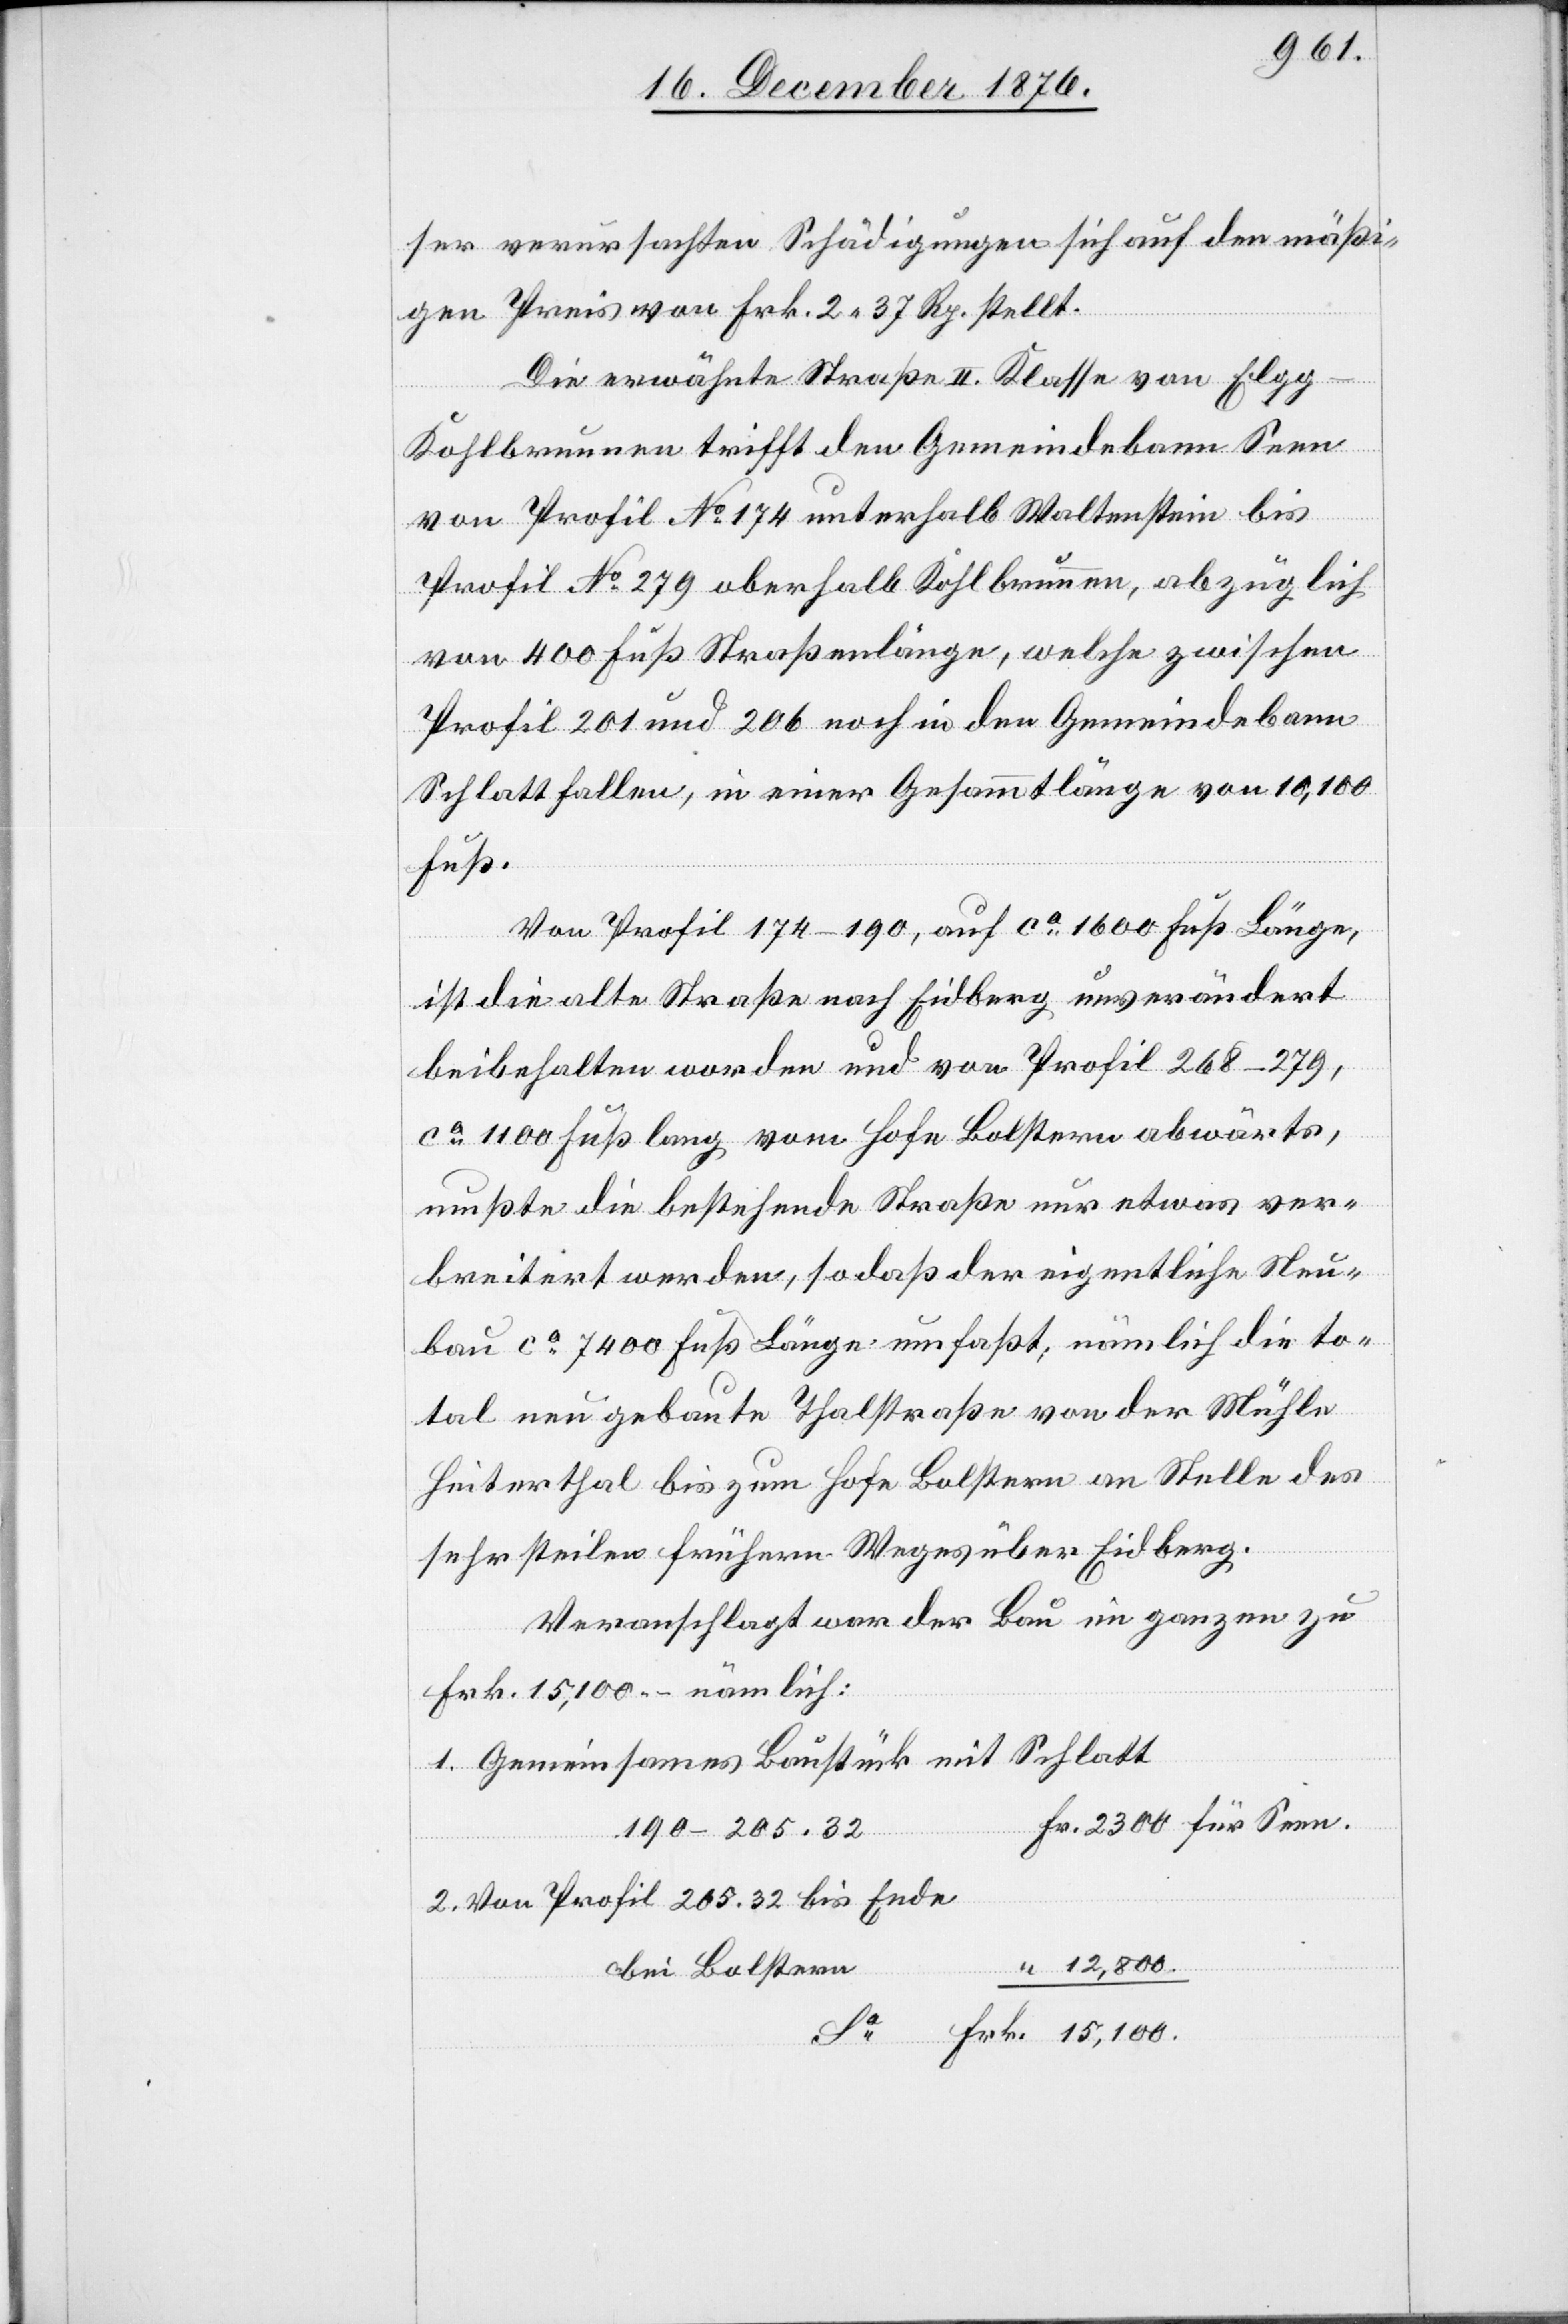
ser verursachten Schädigungen sich auf den mäßi¬
gen Preis von Frk. 2 37 Rp. stellt.
Frk.
Die erwähnte Straße II. Klasse von Elgg–K¬
Sa
ohlbrunnen trifft den Gemeindebann Seen
von Profil No 174 unterhalb Waltenstein bis
Profil No 279 oberhalb Kohlbrunnen, abzüglich
von 400 Fuß Straßenlänge, welche zwischen
Profil 201 und 206 noch in den Gemeindebann
Schlatt fallen, in einer Gesammtlänge von 10,100
Von Profil 174–190, auf ca 1600 Fuß Länge,
ist die alte Straße nach Eidberg unverändert
beibehalten worden und von Profil 268–279,
ca 1100 Fuß lang vom Hofe Bolstern abwärts,
mußte die bestehende Straße nur etwas ver¬
breitert werden, so daß der eigentliche Neu¬
bau ca 7400 Fuß Länge umfaßt; nämlich die to¬
tal neu gebaute Thalstraße von der Mühle
Heiterthal bis zum Hofe Bolstern an Stelle des
sehr steilen frühern Weges über Eidberg.
Veranschlagt war der Bau im Ganzen zu
Frk. 15,100 – nämlich:
1. Gemeinsames Baustück mit Schlatt
190–205.32
2. Von Profil 205.32 bis Ende
12,800.
bei Bolstern